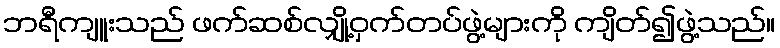
ဘရီကျူးသည် ဖက်ဆစ်လျှို့ဝှက်တပ်ဖွဲ့များကို ကျိတ်၍ဖွဲ့သည်။